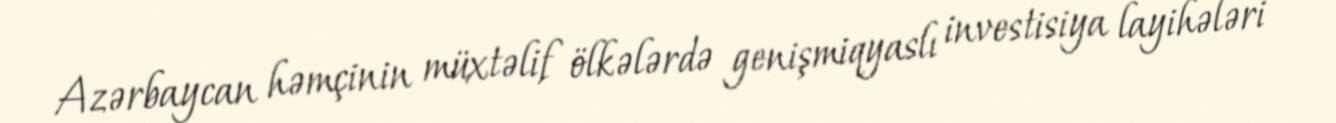
Azərbaycan həmçinin müxtəlif ölkələrdə genişmiqyaslı investisiya layihələri